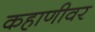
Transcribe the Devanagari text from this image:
कहाणीवर